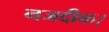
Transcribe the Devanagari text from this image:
नजदीक।